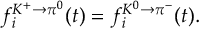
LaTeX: f _ { i } ^ { K ^ { + } \rightarrow \pi ^ { 0 } } ( t ) = f _ { i } ^ { K ^ { 0 } \rightarrow \pi ^ { - } } ( t ) .